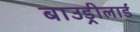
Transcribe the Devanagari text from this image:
बाउड्रीलार्ड